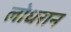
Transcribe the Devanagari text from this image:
लोधरान